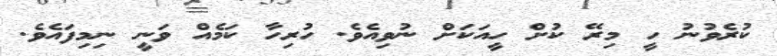
ކުރެވުނު ހީ މިރޭ ކުށް ހީއަކަށް ނުވިއެވެ. ހުރިހާ ކަމެއް ވަނީ ނިމިފައެވެ.